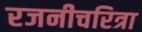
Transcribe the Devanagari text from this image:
रजनीचरित्रा